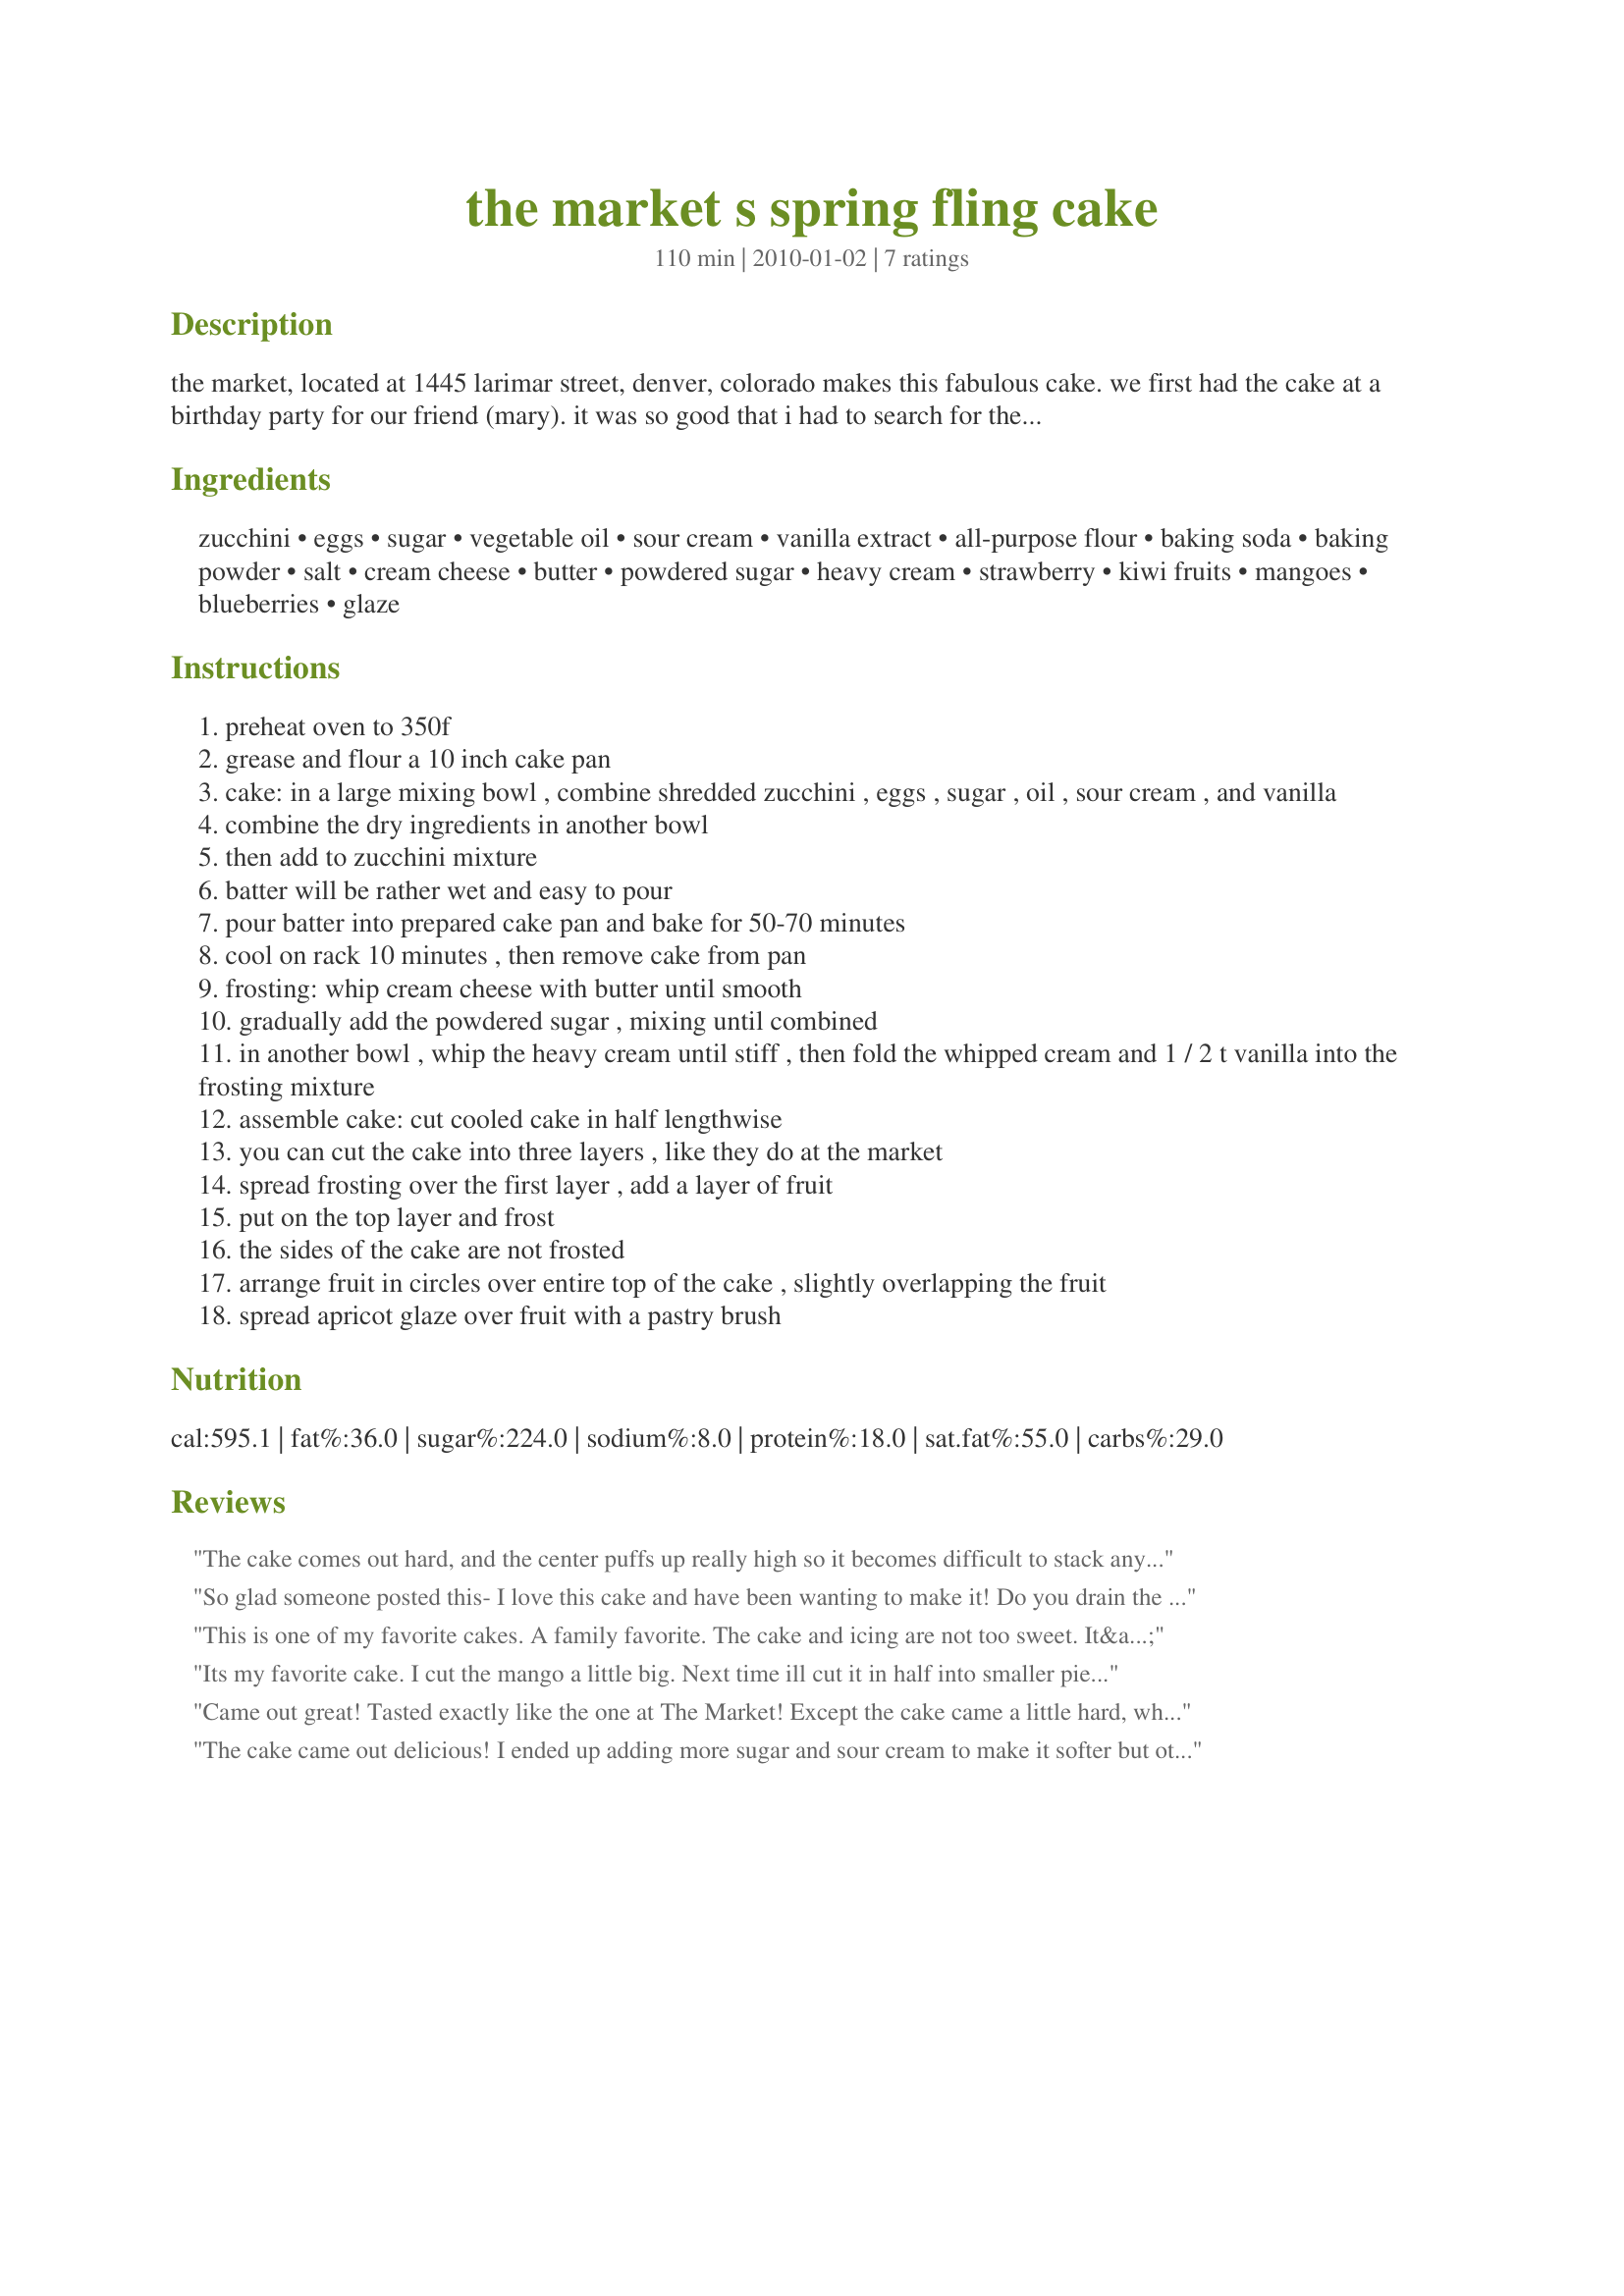
the market s spring fling cake
Preparation time: 110 minutes

the market, located at 1445 larimar street, denver, colorado makes this fabulous cake. we first had the cake at a birthday party for our friend (mary). it was so good that i had to search for the recipe, and found it in an old rocky mountain news article. the rmn no longer publishes a newspaper, so i'm saving the recipe here.

Ingredients:
zucchini, eggs, sugar, vegetable oil, sour cream, vanilla extract, all-purpose flour, baking soda, baking powder, salt, cream cheese, butter, powdered sugar, heavy cream, strawberry, kiwi fruits, mangoes, blueberries, glaze

Steps:
preheat oven to 350f
grease and flour a 10 inch cake pan
cake: in a large mixing bowl , combine shredded zucchini , eggs , sugar , oil , sour cream , and vanilla
combine the dry ingredients in another bowl
then add to zucchini mixture
batter will be rather wet and easy to pour
pour batter into prepared cake pan and bake for 50-70 minutes
cool on rack 10 minutes , then remove cake from pan
frosting: whip cream cheese with butter until smooth
gradually add the powdered sugar , mixing until combined
in another bowl , whip the heavy cream until stiff , then fold the whipped cream and 1 / 2 t vanilla into the frosting mixture
assemble cake: cut cooled cake in half lengthwise
you can cut the cake into three layers , like they do at the market
spread frosting over the first layer , add a layer of fruit
put on the top layer and frost
the sides of the cake are not frosted
arrange fruit in circles over entire top of the cake , slightly overlapping the fruit
spread apricot glaze over fruit with a pastry brush

Reviews:
The cake comes out hard, and the center puffs up really high so it becomes difficult to stack any fruit on the top because it is so sloped. I've made this 3 times and it was the same each time. One time, I accidentally added whipping cream to the batter. It came out less dry, but still hard on the outside. Other zucchini cake recipes I've seen call for a lot more oil. If anyone has a better zucchini cake recipe, I'd love to see it.
So glad someone posted this- I love this cake and have been wanting to make it! Do you drain the water out of the zucchini before you add it to the other ingredients? Anybody know?
This is one of my favorite cakes. A family favorite. The cake and icing are not too sweet. It&#039;s my go-to cake from now on.
Its my favorite cake. I cut the mango a little big. Next time ill cut it in half into smaller pieces. Overall the cake was delicious!
Came out great! Tasted exactly like the one at The Market! Except the cake came a little hard, what did I do wrong? Was I supposed to add milk or water?
The cake came out delicious! I ended up adding more sugar and sour cream to make it softer but other than that I followed it exactly! It's my absolute favorite!
